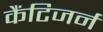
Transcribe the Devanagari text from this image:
कैंटिजर्न